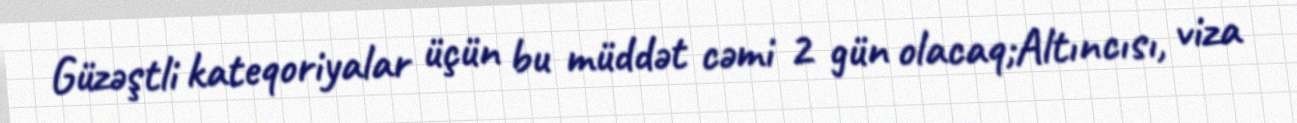
Güzəştli kateqoriyalar üçün bu müddət cəmi 2 gün olacaq;Altıncısı, viza